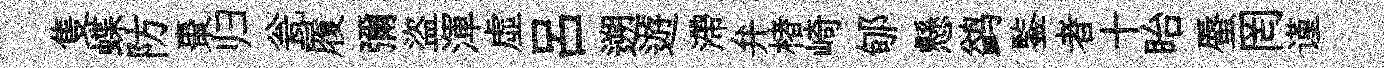
隻蝶防棗归瓮履彌盜渾虚吕遡遊滯弁楮崎郇懸鹢鍳者十眙蜃罔谨